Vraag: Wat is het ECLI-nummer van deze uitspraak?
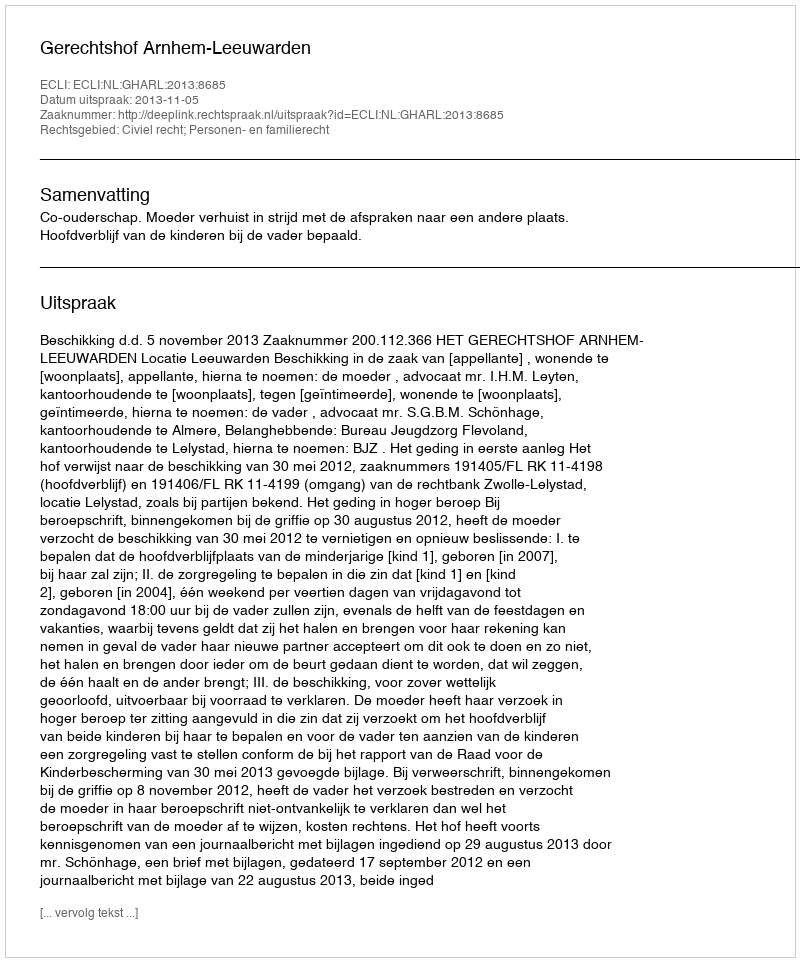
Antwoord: ECLI:NL:GHARL:2013:8685